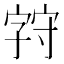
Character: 𪧚